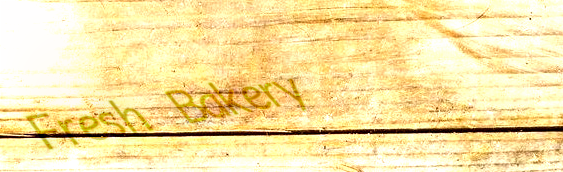
Fresh Bakery